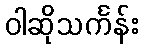
ဝါဆိုသင်္ကန်း